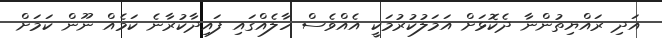
އަދި ރައްޔިތުންނާ ދެކޮޅަށް އަމަލުކުރުމަކީ އެއްވެސް ހާލެއްގައި ފައިދާކުރާނެ ކަމެއް ނޫން ކަމަށް